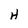
Character: H